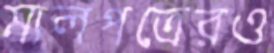
মালপত্রেরও